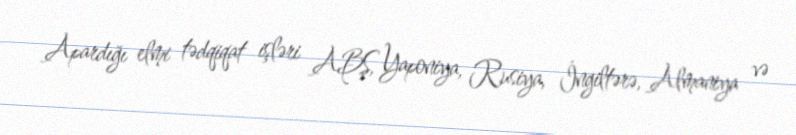
Apardığı elmi tədqiqat işləri ABŞ, Yaponiya, Rusiya, İngiltərə, Almaniya və